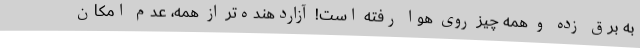
به برق زده و همه چیز روی هوا رفته است! آزاردهنده‌تر از همه، عدم امکان